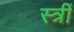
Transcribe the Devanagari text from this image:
स्त्रीं